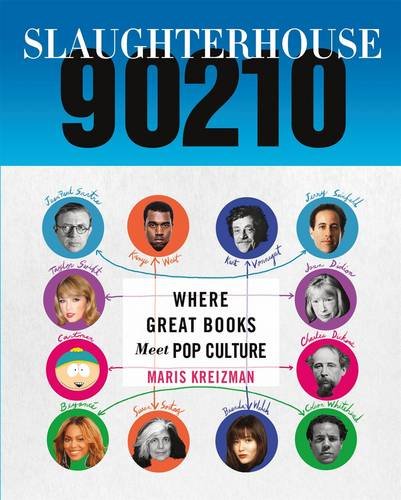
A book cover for Slaughterhouse 90210; Maris Kreizman; Humor & Entertainment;